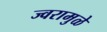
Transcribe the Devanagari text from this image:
ज्वरामुळे